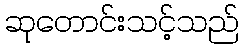
ဆုတောင်းသင့်သည်